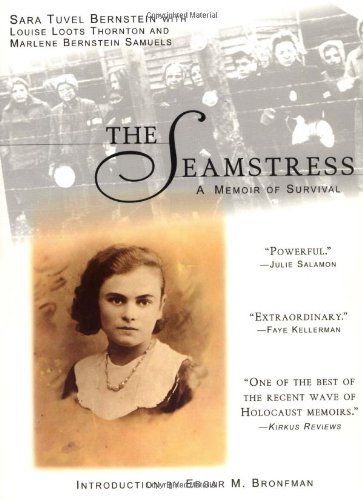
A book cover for The Seamstress; Sara Tuval Bernstein; Literature & Fiction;